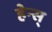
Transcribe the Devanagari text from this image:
हेन्स्